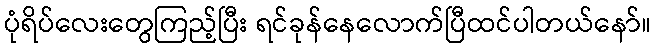
ပုံရိပ်လေးတွေကြည့်ပြီး ရင်ခုန်နေလောက်ပြီထင်ပါတယ်နော်။